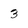
Character: 3